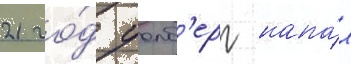
21 го́д уолб'ерг напа́л